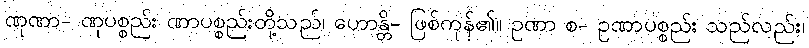
ဏုဏာ- ဏုပစ္စည်း ဏာပစ္စည်းတို့သည်၊ ဟောန္တိ- ဖြစ်ကုန်၏။ ဥဏာ စ- ဥဏာပစ္စည်း သည်လည်း၊